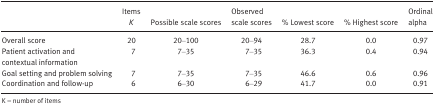
<table><thead><tr><td>[EMPTY_CELL]</td><td><b>Items <i>K</i></b></td><td><b>Possible scale scores</b></td><td><b>Observed scale scores</b></td><td><b>% Lowest score</b></td><td><b>% Highest score</b></td><td><b>Ordinal alpha</b></td></tr></thead><tbody><tr><td>Overall score</td><td>20</td><td>20–100</td><td>20–94</td><td>28.7</td><td>0.0</td><td>0.97</td></tr><tr><td>Patient activation and contextual information</td><td>7</td><td>7–35</td><td>7–35</td><td>36.3</td><td>0.4</td><td>0.94</td></tr><tr><td>Goal setting and problem solving</td><td>7</td><td>7–35</td><td>7–35</td><td>46.6</td><td>0.6</td><td>0.96</td></tr><tr><td>Coordination and follow‐up</td><td>6</td><td>6–30</td><td>6–29</td><td>41.7</td><td>0.0</td><td>0.91</td></tr></tbody></table>